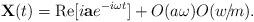
LaTeX: \begin{align*} {\bf X}(t)={\rm Re}[i{\bf a}e^{-i\omega t}] + O(a\omega)O(w\!/\!m).\end{align*}